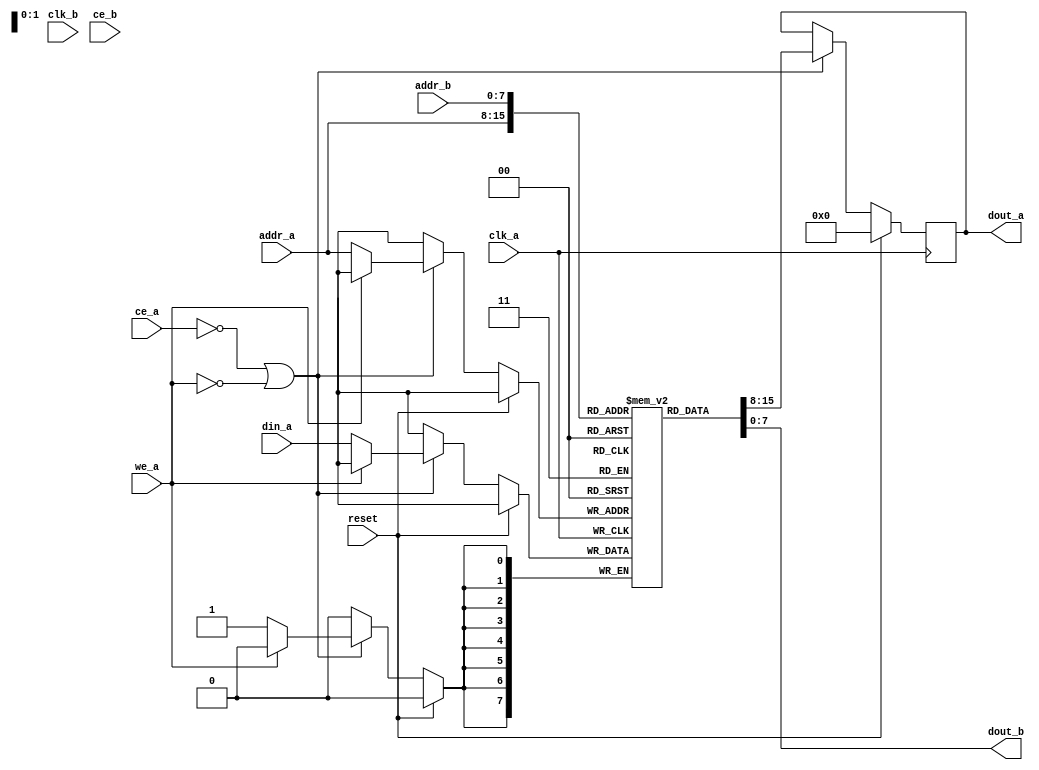
//
// playfield ram
//  synchronous dual port, addressed as 32bit words with byte enables for 4x lanes
//  port a: r/w, 8 bit (i.e. only one enable asserted per cycle)
//  port b: r/o, 32 bit (any enable honored)
//
`timescale 1 ps / 1 ps

module ram_256x8dp (
	input			reset,
	input			clk_a,
	input			clk_b,
	input	[7:0]	addr_a,
	input	[7:0]	din_a,
	output	[7:0]	dout_a,
	input			ce_a,
	input			we_a,

	input	[7:0]	addr_b,
	output	[7:0]	dout_b,
	input			ce_b
);

reg [7:0] ram[0:255];
reg [7:0] d_a;
wire [7:0] d_b;

//
// port a - r/w, 8 bits
//
always @(posedge clk_a)
	if (reset)
		d_a <= 0;
	else
	if (~ce_a | ~we_a)
	begin
		if (~we_a)
			ram[addr_a] <= din_a;
		d_a <= ram[addr_a];
	end

assign dout_a = d_a;

//
// port b - read only, 32 bits
//
assign dout_b = ram[addr_b];

endmodule 

module pf_ram_dp (
	input 	clk_a,
	input 	clk_b,
	input 	reset,
	input [7:0] 	addr_a,
	input [7:0] 	din_a,
	output [7:0] 	dout_a,
	input [3:0] 	ce_a,
	input [3:0] 	we_a,

	input [7:0] 	addr_b,
	output [31:0] dout_b,
	input [3:0] 	ce_b
);

wire [7:0] d_a3, d_a2, d_a1, d_a0;
wire [7:0] d_b3, d_b2, d_b1, d_b0;

assign dout_a =
		~ce_a[3] ? d_a3 :
		~ce_a[2] ? d_a2 :
		~ce_a[1] ? d_a1 :
		~ce_a[0] ? d_a0 :
		8'b0;

assign dout_b = { d_b3, d_b2, d_b1, d_b0 };

ram_256x8dp ram0(.reset(reset), .clk_a(clk_a), .clk_b(clk_b), .addr_a(addr_a),
		.din_a(din_a), .dout_a(d_a0), .ce_a(ce_a[0]), .we_a(we_a[0]),
		.addr_b(addr_b), .dout_b(d_b0),.ce_b(ce_b[0]));

ram_256x8dp ram1(.reset(reset), .clk_a(clk_a), .clk_b(clk_b), .addr_a(addr_a),
		.din_a(din_a), .dout_a(d_a1), .ce_a(ce_a[1]), .we_a(we_a[1]),
		.addr_b(addr_b), .dout_b(d_b1),.ce_b(ce_b[1]));

ram_256x8dp ram2(.reset(reset), .clk_a(clk_a), .clk_b(clk_b), .addr_a(addr_a),
		.din_a(din_a), .dout_a(d_a2), .ce_a(ce_a[2]), .we_a(we_a[2]),
		.addr_b(addr_b), .dout_b(d_b2),.ce_b(ce_b[2]));

ram_256x8dp ram3(.reset(reset), .clk_a(clk_a), .clk_b(clk_b), .addr_a(addr_a),
		.din_a(din_a), .dout_a(d_a3), .ce_a(ce_a[3]), .we_a(we_a[3]),
		.addr_b(addr_b), .dout_b(d_b3),.ce_b(ce_b[3]));

endmodule